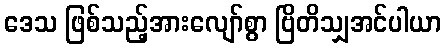
ဒေသ ဖြစ်သည့်အားလျော်စွာ ဗြိတိသျှအင်ပါယာ